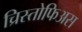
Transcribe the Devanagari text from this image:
च्रिस्तोफिअस